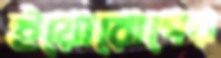
ইয়োরোপের